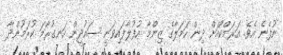
ނުފެނެ އެވެ. އަރަމްކޯއަށް ދިން ހަމަލާގެ ޒިންމާ އުފުލާފައިވަނީ ސައުދީން ހަނގުރާމަ ކުރަމުންދާ